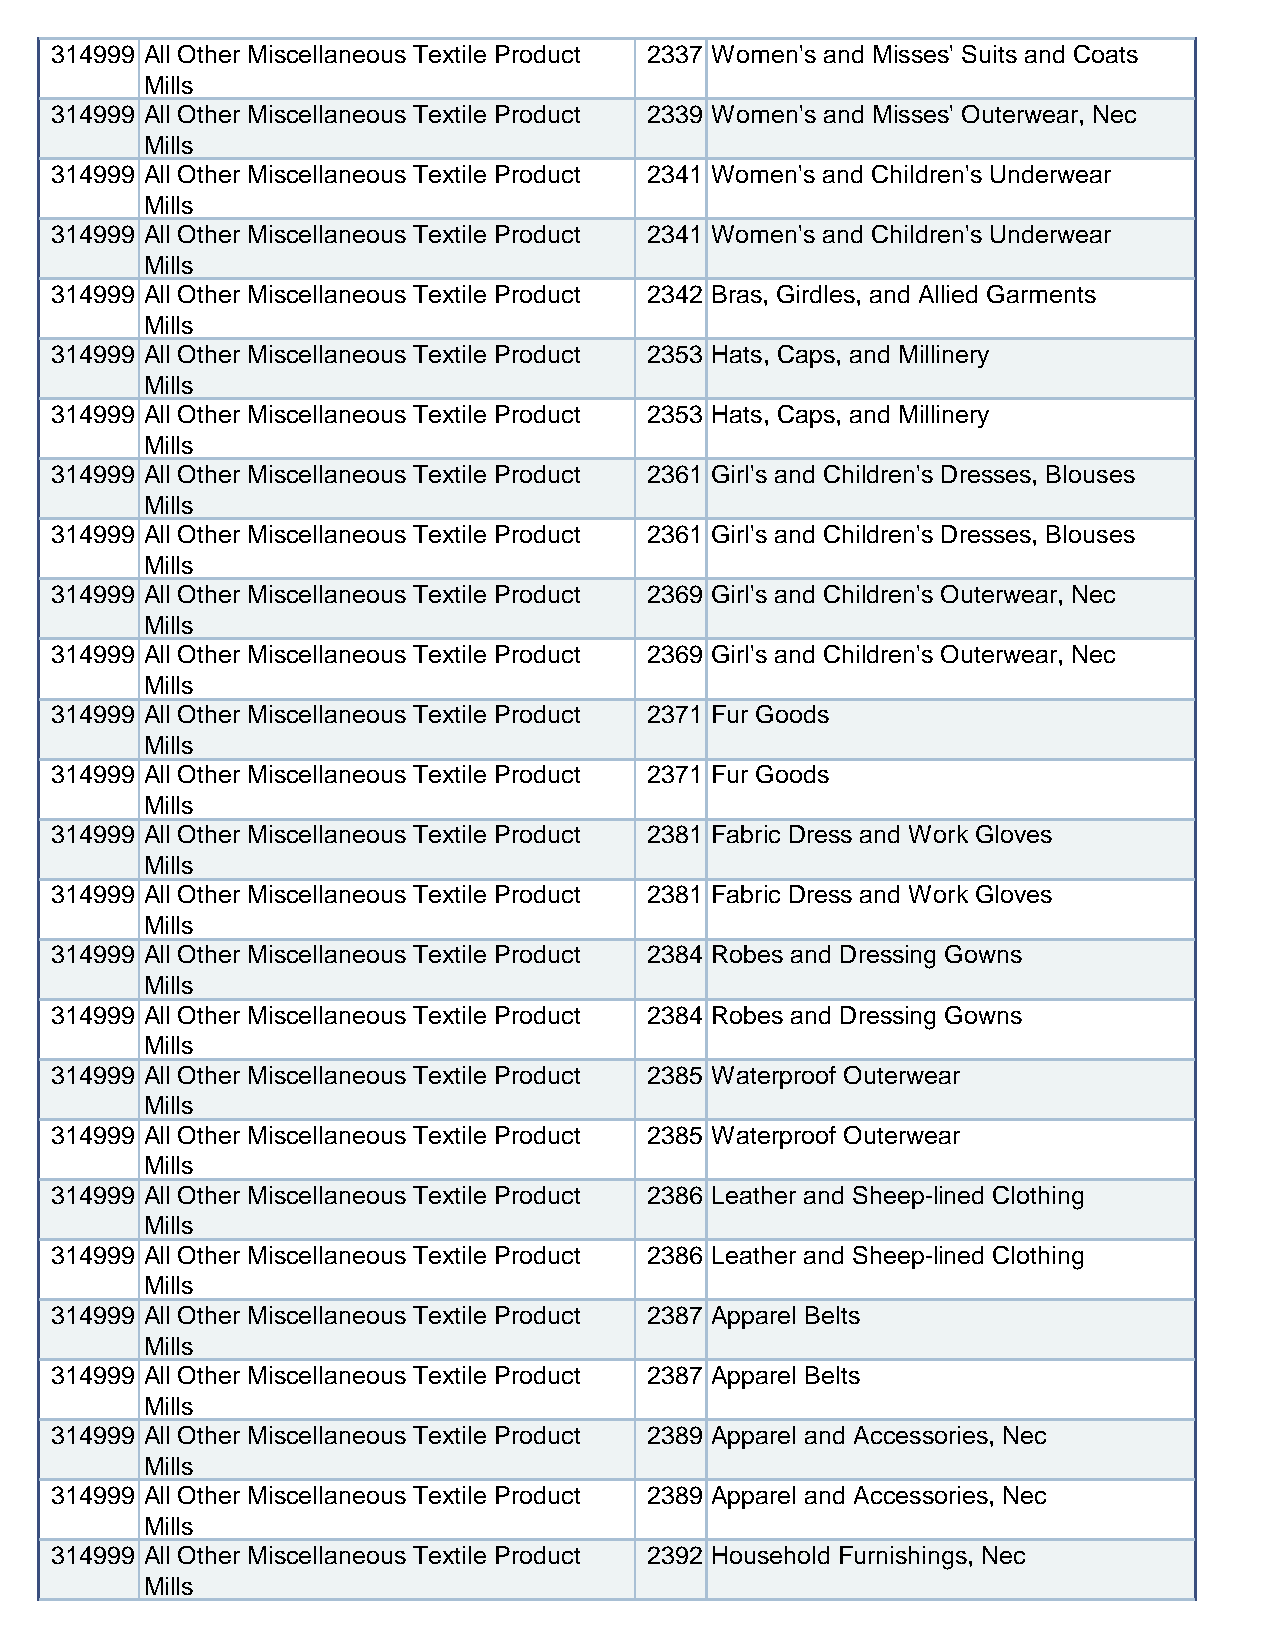
314999 All Other Miscellaneous Textile Product 2337 Women's and Misses' Suits and Coats
 Mills
 314999 All Other Miscellaneous Textile Product 2339 Women's and Misses' Outerwear, Nec
 Mills
 314999 All Other Miscellaneous Textile Product 2341 Women's and Children's Underwear
 Mills
 314999 All Other Miscellaneous Textile Product 2341 Women's and Children's Underwear
 Mills
 314999 All Other Miscellaneous Textile Product 2342 Bras, Girdles, and Allied Garments
 Mills
 314999 All Other Miscellaneous Textile Product 2353 Hats, Caps, and Millinery
 Mills
 314999 All Other Miscellaneous Textile Product 2353 Hats, Caps, and Millinery
 Mills
 314999 All Other Miscellaneous Textile Product 2361 Girl's and Children's Dresses, Blouses
 Mills
 314999 All Other Miscellaneous Textile Product 2361 Girl's and Children's Dresses, Blouses
 Mills
 314999 All Other Miscellaneous Textile Product 2369 Girl's and Children's Outerwear, Nec
 Mills
 314999 All Other Miscellaneous Textile Product 2369 Girl's and Children's Outerwear, Nec
 Mills
 314999 All Other Miscellaneous Textile Product 2371 Fur Goods
 Mills
 314999 All Other Miscellaneous Textile Product 2371 Fur Goods
 Mills
 314999 All Other Miscellaneous Textile Product 2381 Fabric Dress and Work Gloves
 Mills
 314999 All Other Miscellaneous Textile Product 2381 Fabric Dress and Work Gloves
 Mills
 314999 All Other Miscellaneous Textile Product 2384 Robes and Dressing Gowns
 Mills
 314999 All Other Miscellaneous Textile Product 2384 Robes and Dressing Gowns
 Mills
 314999 All Other Miscellaneous Textile Product 2385 Waterproof Outerwear
 Mills
 314999 All Other Miscellaneous Textile Product 2385 Waterproof Outerwear
 Mills
 314999 All Other Miscellaneous Textile Product 2386 Leather and Sheep-lined Clothing
 Mills
 314999 All Other Miscellaneous Textile Product 2386 Leather and Sheep-lined Clothing
 Mills
 314999 All Other Miscellaneous Textile Product 2387 Apparel Belts
 Mills
 314999 All Other Miscellaneous Textile Product 2387 Apparel Belts
 Mills
 314999 All Other Miscellaneous Textile Product 2389 Apparel and Accessories, Nec
 Mills
 314999 All Other Miscellaneous Textile Product 2389 Apparel and Accessories, Nec
 Mills
 314999 All Other Miscellaneous Textile Product 2392 Household Furnishings, Nec
 Mills